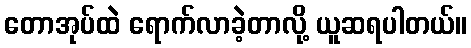
တောအုပ်ထဲ ရောက်လာခဲ့တာလို့ ယူဆရပါတယ်။